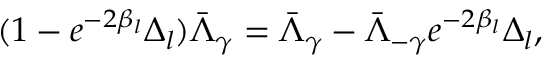
( 1 - e ^ { - 2 \beta _ { l } } \Delta _ { l } ) \bar { \Lambda } _ { \gamma } = \bar { \Lambda } _ { \gamma } - \bar { \Lambda } _ { - \gamma } e ^ { - 2 \beta _ { l } } \Delta _ { l } ,